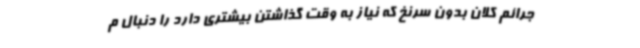
جرائم کلان بدون سرنخ که نیاز به وقت گذاشتن بیشتری دارد را دنبال م